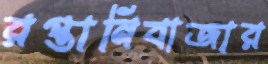
রপ্তানিবাজার